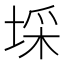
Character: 埰